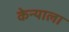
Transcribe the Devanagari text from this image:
केन्याला